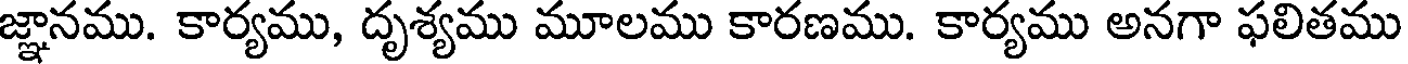
జ్ఞానము. కార్యము, దృశ్యము మూలము కారణము. కార్యము అనగా ఫలితము